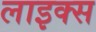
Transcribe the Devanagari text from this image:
लाइक्‍स